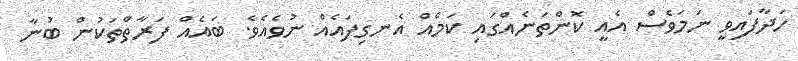
ހަދާފައިވީ ނަމަވެސް އެއީ ކޮންތަނެއްގައި ކަމެއް އެނގިފައެއް ނުވެއެވެ. ބައެއް ފަރާތްތަކުން ބުނާ